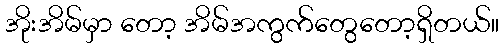
အိုးအိမ်မှာ တော့ အိမ်အကွက်တွေတော့ရှိတယ်။